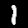
Label: 1